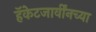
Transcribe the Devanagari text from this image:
हॅकेटजार्वींनच्या